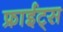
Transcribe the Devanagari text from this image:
फ्राईट्स